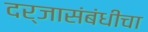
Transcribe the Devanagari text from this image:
दर्जासंबंधीचा